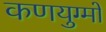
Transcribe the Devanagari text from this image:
कणयुग्मों